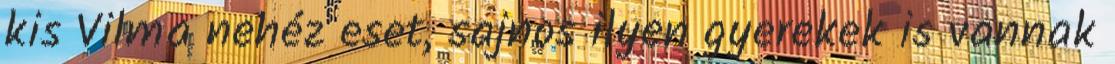
kis Vilma nehéz eset, sajnos ilyen gyerekek is vannak